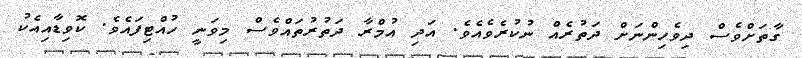
ގާތަށްވެސް ދިވެހިންނަށް ދަތުރެއް ނުކުރެވެއެވެ. އަދި އުމްރާ ދަތުރުތައްވެސް މިވަނީ ހުއްޓިފައެވެ. ކޮވިޑާއިއެކު